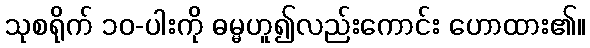
သုစရိုက် ၁၀-ပါးကို ဓမ္မဟူ၍လည်းကောင်း ဟောထား၏။